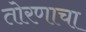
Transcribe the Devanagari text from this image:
तोरणाचा